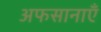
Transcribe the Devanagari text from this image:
अफसानाएँ